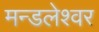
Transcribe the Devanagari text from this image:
मन्डलेश्वर